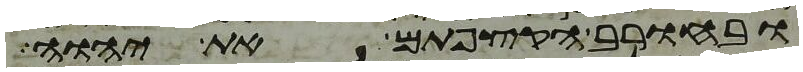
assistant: ובחורב הקצפתם את יהוה